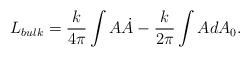
LaTeX: \begin{align*}L_{bulk} =\frac{k}{4\pi}\int A\dot{A} - \frac{k}{2\pi}\int AdA_0.\end{align*}